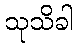
သုသိခါ